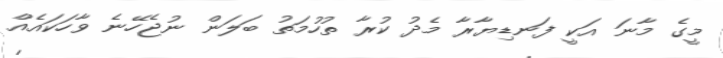
މީގެ މާނަ އަކީ ފަނޑިޔާރާ މެދު ކުރާ ތުހުމަތު ބަލަން ނުޖެހޭނެ ވާހަކައެއް